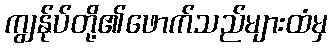
ကျွန်ုပ်တို့၏ဖောက်သည်များထံမှ